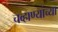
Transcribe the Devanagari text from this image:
चव्हाण्यांच्या